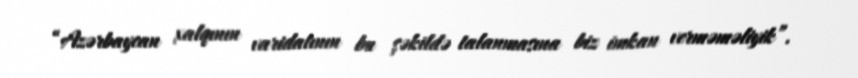
“Azərbaycan xalqının varidatının bu şəkildə talanmasına biz imkan verməməliyik”.